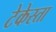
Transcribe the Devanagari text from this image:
टेकेस्ता